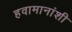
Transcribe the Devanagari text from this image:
हवामानांशी